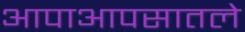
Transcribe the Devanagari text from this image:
आपाआपसातले